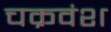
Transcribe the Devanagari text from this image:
चक्रवंश